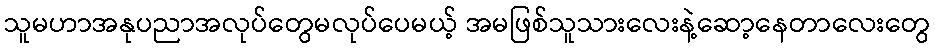
သူမဟာအနုပညာအလုပ်တွေမလုပ်ပေမယ့် အမဖြစ်သူသားလေးနဲ့ဆော့နေတာလေးတွေ